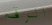
الرقم